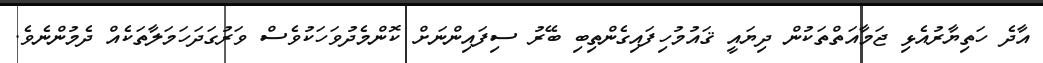
އާދެ ހަތިޔާރުއެޅި ޖަމާއަތްތަކުން ދިޔައީ ޤައުމުހިފައިގެންތިބި ބޭރު ސިފައިންނަށް ކޮންމެދުވަހަކުވެސް ވަރުގަދަހަމަލާތަކެއް ދެމުންނެވެ.